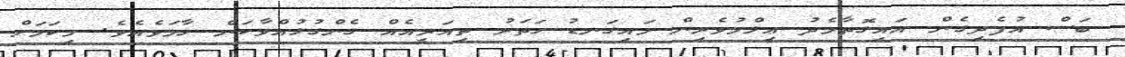
ބަސް އުފެދިގެން އައިގޮތާމެދު ޢިލްމުވެރިން މައިގަނޑު ހަތަރު ތިއަރީއެއް ގެންގުޅުއްވާކަން ހާމަވެއެވެ. މިކަމަށް